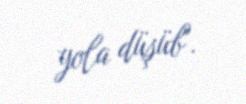
yola düşüb".